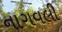
નાગવલી